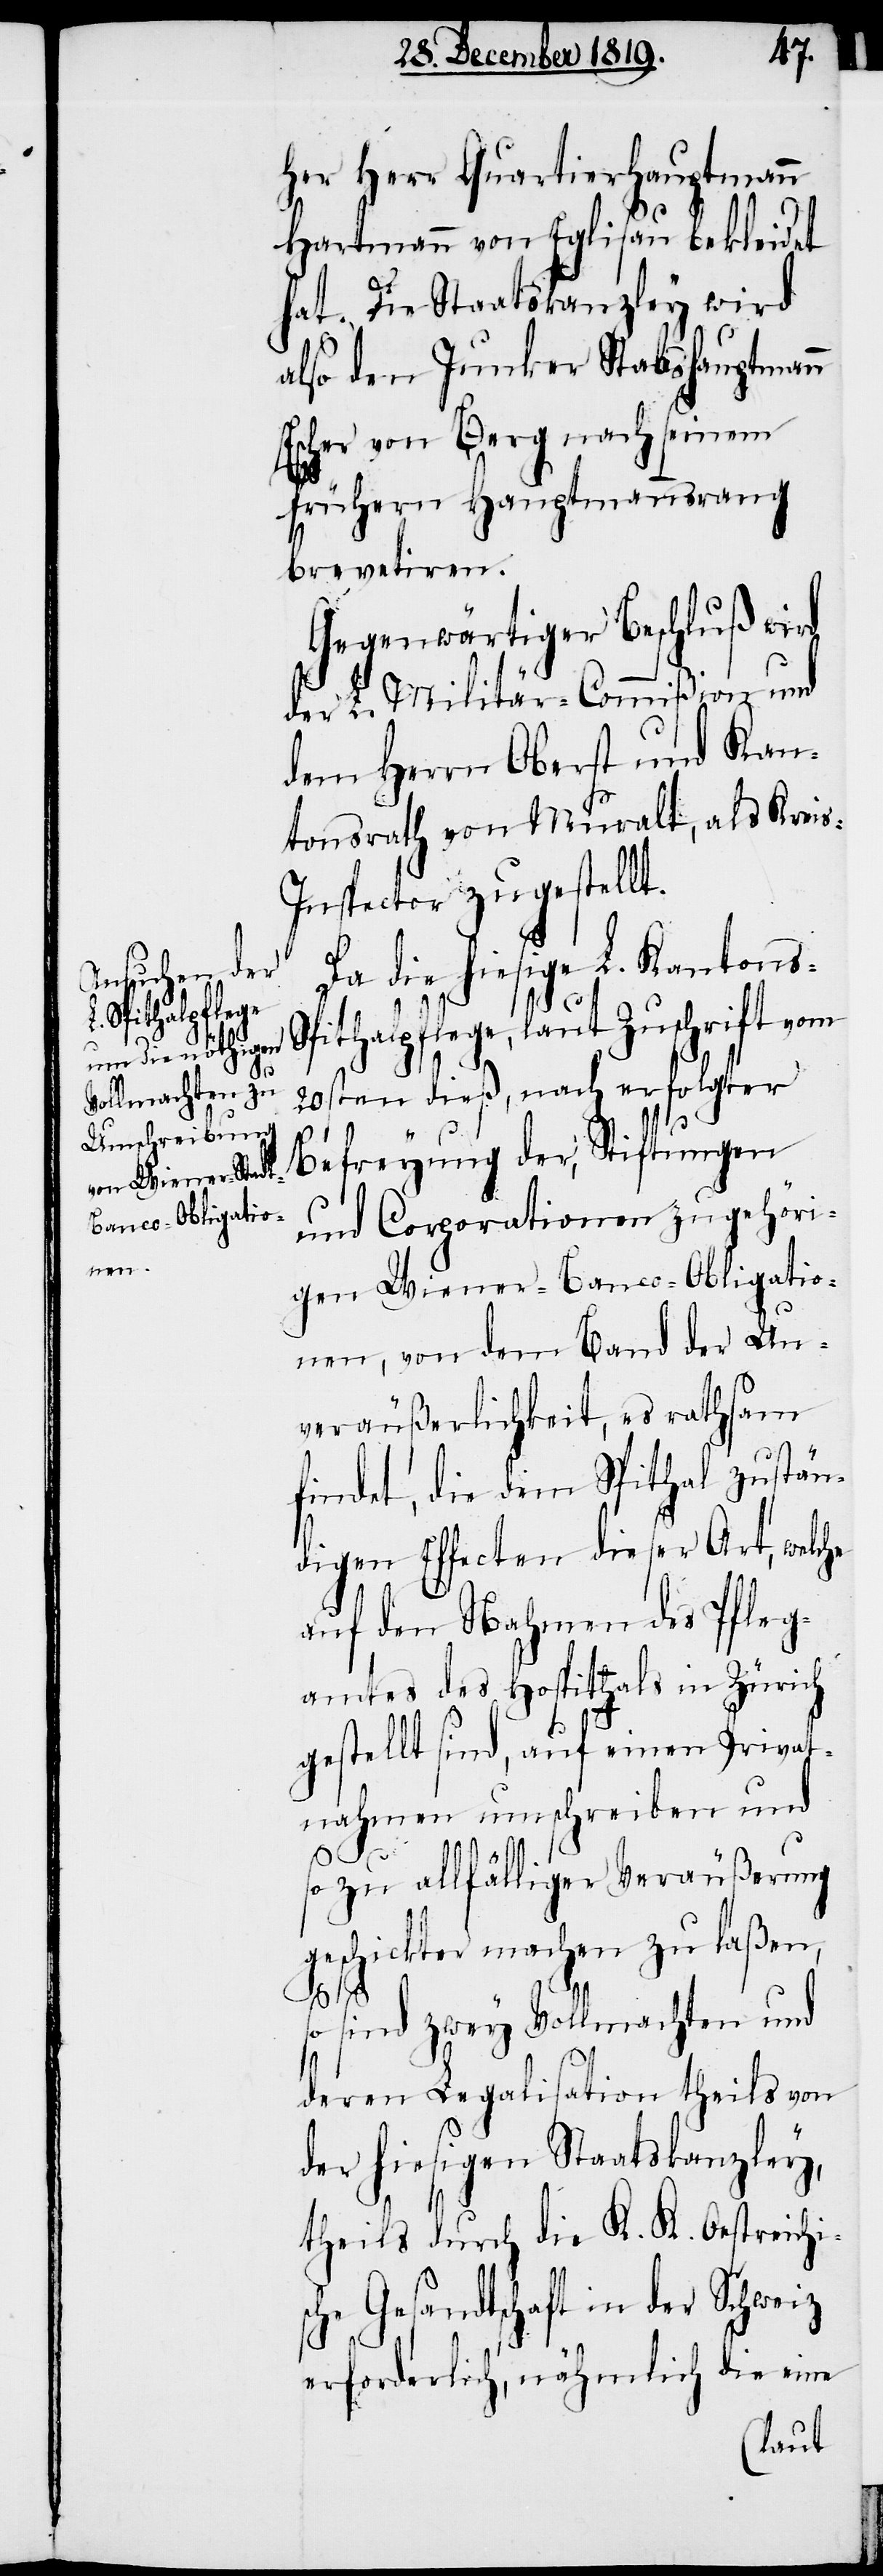
s-Spithalpflege,

her Herr Quartierhauptmann
Hartmann von Eglisau bekleidet
hat. Die Staatskanzley wird
also den Junker Stabshauptmann
Escher von Berg nach seinem
frühern Hauptmannsrang
brevetiren.
Gegenwärtiger Beschluß wird
der L. Militär-Commißion und
dem Herrn Oberst und Kan¬
tonsrath von Muralt, als Krei¬
s-Inspector zugestellt.
Da die hiesige L. Kanton¬
laut Zuschrift vom
20sten dieß, nach erfolgter
Befreyung der, Stiftungen
und Corporationen zugehöri¬
gen Wiener-Banco-Obligatio¬
nen, von dem Band der Un¬
veräußerlichkeit, es rathsam
findet, die dem Spithal zustän¬
digen Effecten dieser Art, welche
auf den Nahmen des Pfleg¬
amtes des Hospitals in Zürich
gestellt sind, auf einen Privat¬
nahmen umschreiben und
so zu allfälliger Veräußerung
geschickter machen zu laßen,
so sind zwey Vollmachten und
deren Legalisation theils von
der hiesigen Staatskanzley,
theils durch die K. K. Oestreichis¬
che Gesandtschaft in der Schweiz
erforderlich, nähmlich die eine